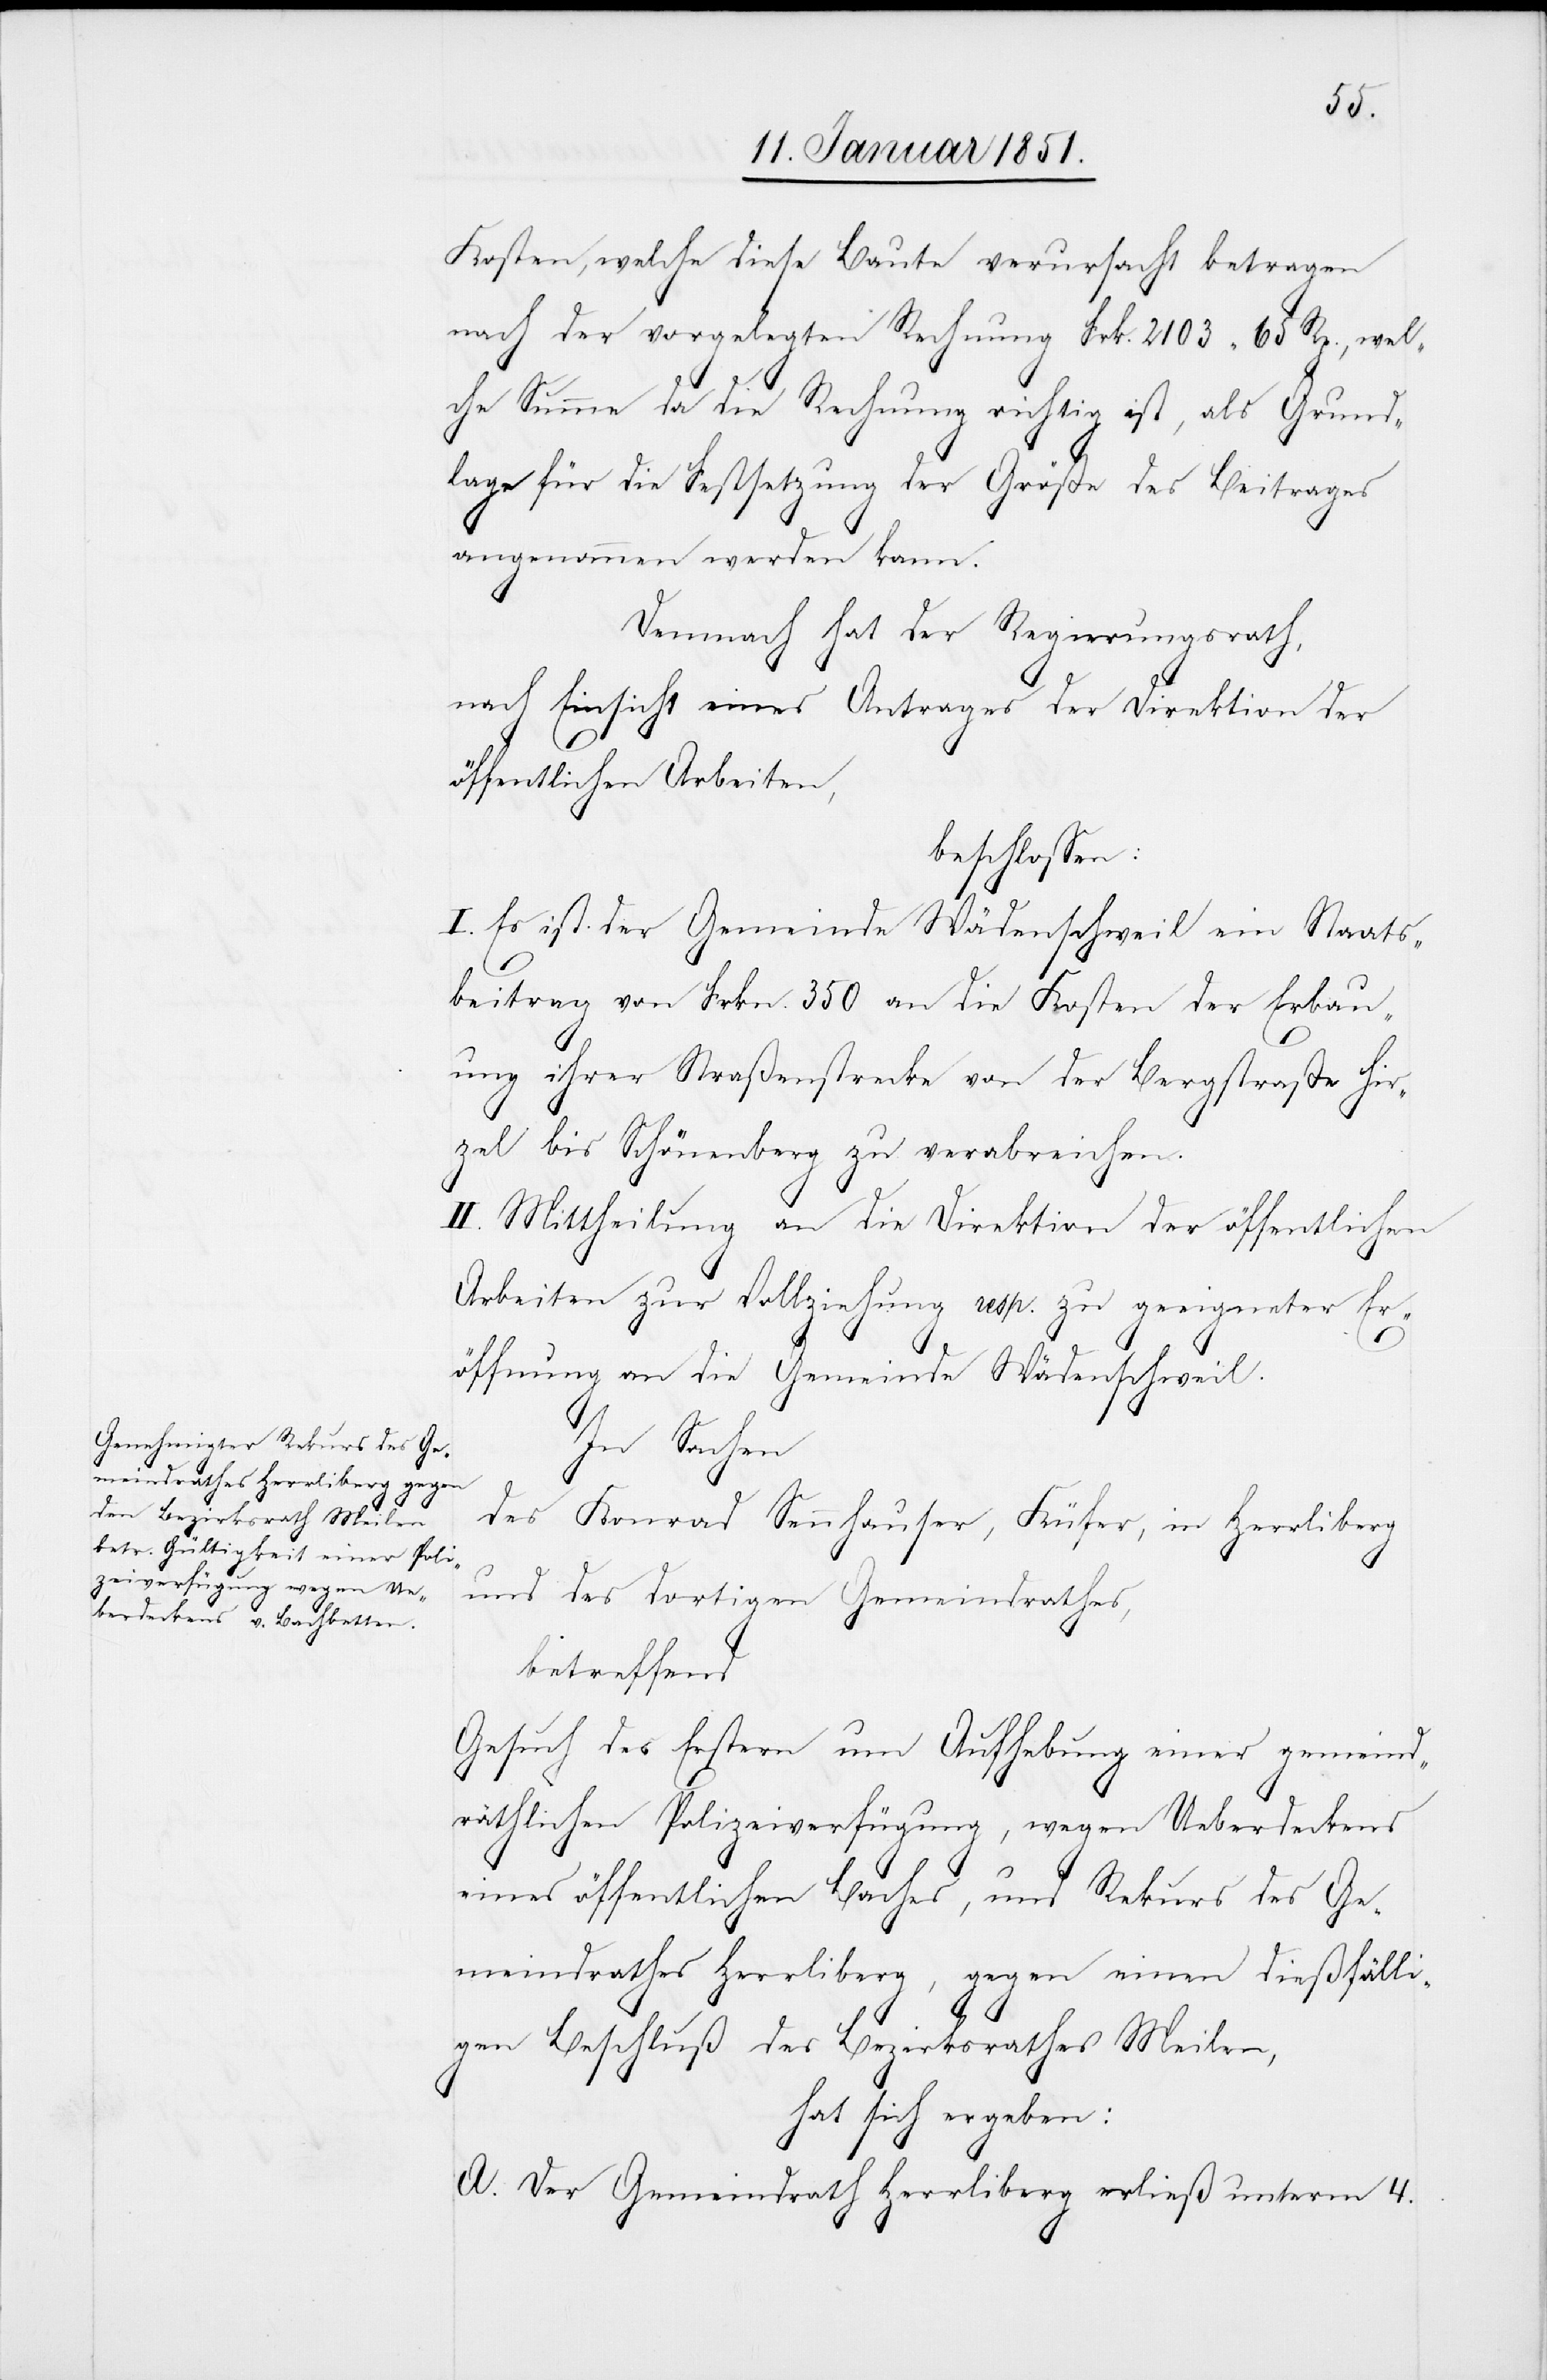
Kosten, welche diese Baute verursacht betragen
nach der vorgelegten Rechnung Frk. 2103 65 Rp., wel¬
che Summe da die Rechnung richtig ist, als Grund¬
lage für die Festsetzung der Größe des Beitrages
angenommen werden kann.
Demnach hat der Regierungsrath,
nach Einsicht eines Antrages der Direktion der
öffentlichen Arbeiten,
beschlossen:
I. Es ist der Gemeinde Wädenschweil ein Staats¬
beitrag von Frkn. 350 an die Kosten der Erbau¬
ung ihrer Straßenstrecke von der Bergstraße Hir¬
zel bis Schönenberg zu verabreichen.
II. Mittheilung an die Direktion der öffentlichen
Arbeiten zur Vollziehung resp. zu geeigneter Er¬
öffnung an die Gemeinde Wädenschweil.
In Sachen
des Konrad Sennhauser, Küfer, in Herrliberg
und des dortigen Gemeindrathes,
betreffend
Gesuch des Erstern um Aufhebung einer gemeind¬
räthlichen Polizeiverfügung, wegen Ueberdeckens
eines öffentlichen Baches, und Rekurs des Ge¬
meindrathes Herrliberg, gegen einen dießfälli¬
gen Beschluß des Bezirksrathes Meilen,
hat sich ergeben:
A. Der Gemeindrath Herrliberg erließ unterm 4.